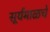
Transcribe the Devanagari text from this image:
सूर्यमाळचे